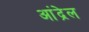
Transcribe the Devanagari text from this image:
आंद्रेल